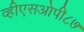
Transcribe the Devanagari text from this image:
व्हीएसओपी८७